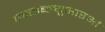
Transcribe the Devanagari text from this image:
एसडब्ल्यूआरओ